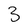
Character: 3